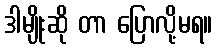
ဒါမျိုးဆို တာ ပြောလို့မရ။